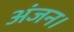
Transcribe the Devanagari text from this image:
अंजन।